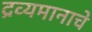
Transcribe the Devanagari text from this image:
द्रव्यमानाचे